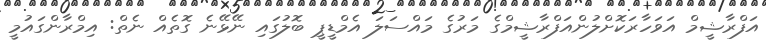
އަފްރާޝީމް އަވަހާރަކޮށްލުންއަފްރާޝީމްގެ މަރުގެ މައްސަލަ އެމްޑީޕީ ބޮލުގައި ނޭޅޭނެ ގޮތެއް ނެތް: އިމްރާންގައުމީ